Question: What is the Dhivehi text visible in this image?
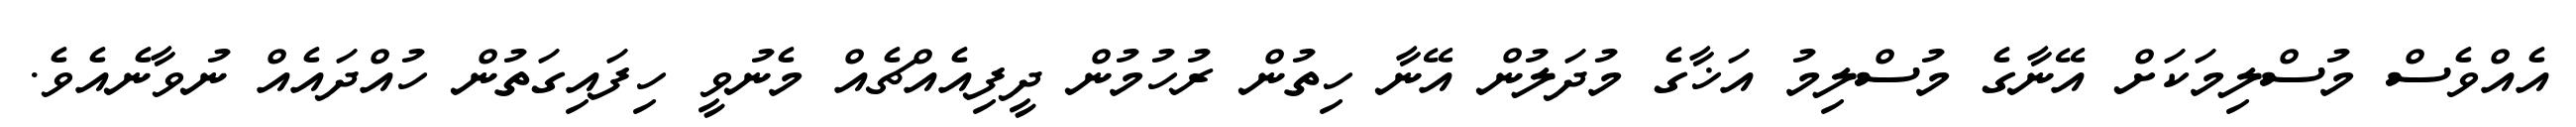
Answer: އެއްވެސް މުސްލިމަކަށް އޭނާގެ މުސްލިމު އަޚާގެ މުދަލުން އޭނާ ހިތުން ރުހުމުން ދީފިއެއްޗެއް މެނުވީ ހިފައިގަތުން ހުއްދައެއް ނުވާނެއެވެ.